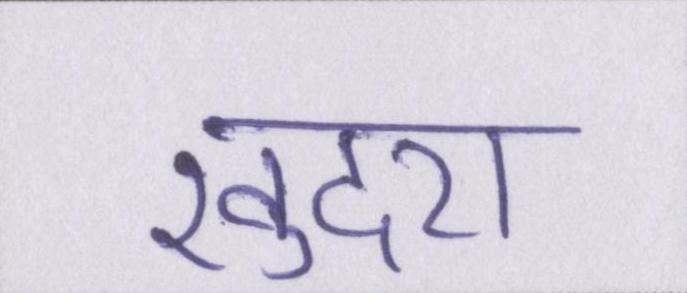
खुदरा